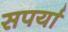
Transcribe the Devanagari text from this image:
सपर्या